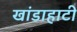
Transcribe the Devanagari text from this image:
खांडाहाटी